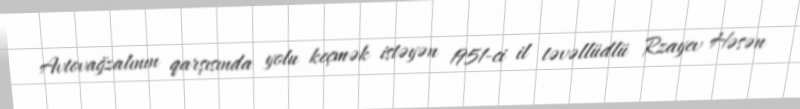
Avtovağzalının qarşısında yolu keçmək istəyən 1951-ci il təvəllüdlü Rzayev Həsən